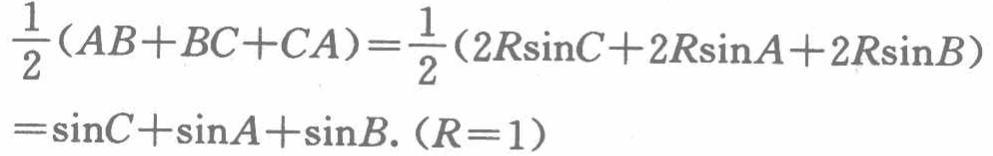
\[\begin{align*}
\frac{1}{2}(AB + BC + CA)&=\frac{1}{2}(2R\sin C + 2R\sin A+2R\sin B)\\
&=\sin C+\sin A+\sin B.(R = 1)
\end{align*}\]